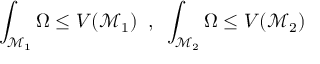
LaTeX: \int _ { \mathcal { M } _ { 1 } } \Omega \le V ( \mathcal { M } _ { 1 } ) \; \; , \; \; \int _ { \mathcal { M } _ { 2 } } \Omega \le V ( \mathcal { M } _ { 2 } )